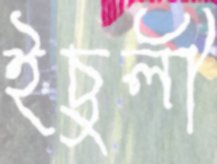
ইচুলী